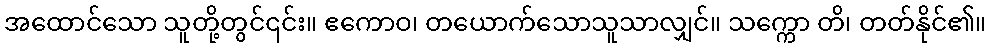
အထောင်သော သူတို့တွင်၎င်း။ ဧကောဝ၊ တယောက်သောသူသာလျှင်။ သက္ကော တိ၊ တတ်နိုင်၏။